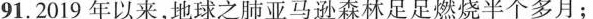
91.2019年以来，地球之肺亚马逊森林足足燃烧半个多月；